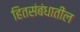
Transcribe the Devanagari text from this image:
हितसंबंधातील